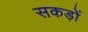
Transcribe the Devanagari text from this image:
सकड़ों